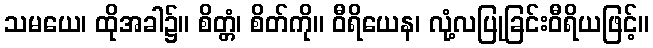
သမယေ၊ ထိုအခါ၌။ စိတ္တံ၊ စိတ်ကို။ ဝီရိယေန၊ လုံ့လပြုခြင်းဝီရိယဖြင့်။